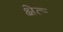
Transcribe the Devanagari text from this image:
क्षेत्र्‍